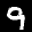
Label: 9